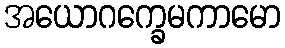
အယောဂက္ခေမကာမော